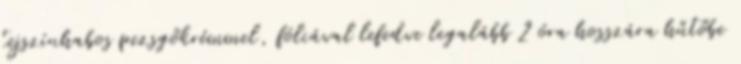
tejszínhabos pezsgőkrémmel, fóliával lefedve legalább 2 óra hosszára hűtőbe